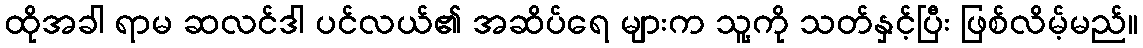
ထိုအခါ ရာမ ဆလင်ဒါ ပင်လယ်၏ အဆိပ်ရေ များက သူ့ကို သတ်နှင့်ပြီး ဖြစ်လိမ့်မည်။